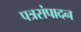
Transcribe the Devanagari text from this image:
पत्रसंपादन